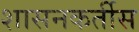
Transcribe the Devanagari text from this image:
शासनकर्तीस